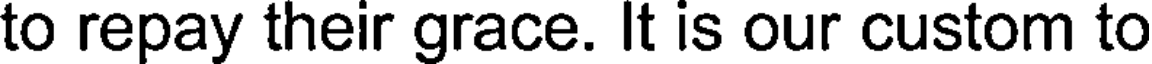
to repay their grace. It is our custom to